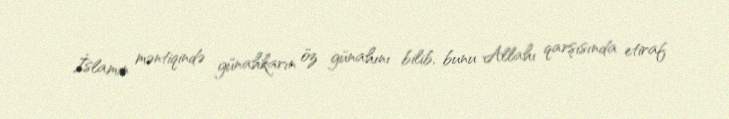
İslamın məntiqində günahkarın öz günahını bilib, bunu Allahı qarşısında etiraf